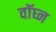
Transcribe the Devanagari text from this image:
वॉघ्न